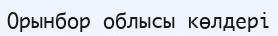
Орынбор облысы көлдері